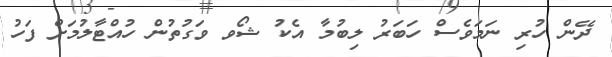
ދޭން ހުރި ނަމަވެސް ހަބަރު ލިބުމާ އެކު ޝޯވ ވަގުތުން ހުއްޓާލުމަށް ފަހު